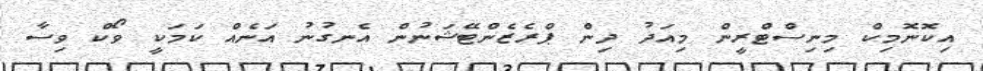
އިކޮނޮމިކް މިނިސްޓްރީން މިއަދު ދިން ޕްރެޒެންޓޭޝަނުން އެނގުނު އަނެއް ކަމަކީ ވޯކް ވިސާ